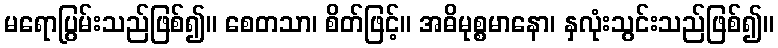
မရောပြွမ်းသည်ဖြစ်၍။ စေတသာ၊ စိတ်ဖြင့်။ အဓိမုစ္စမာနော၊ နှလုံးသွင်းသည်ဖြစ်၍။